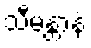
သီမန္တာနံ